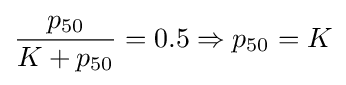
{\frac {p_{50}}{K+p_{50}}}=0.5\Rightarrow p_{50}=K